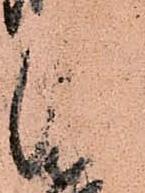
津